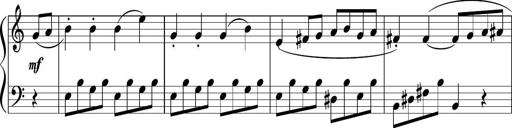
Title: 3 Sonatinen
Composer: Heinrich Lichner